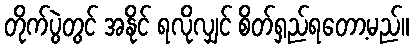
တိုက်ပွဲတွင် အနိုင် ရလိုလျှင် စိတ်ရှည်ရတော့မည်။